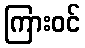
ကြားဝင်